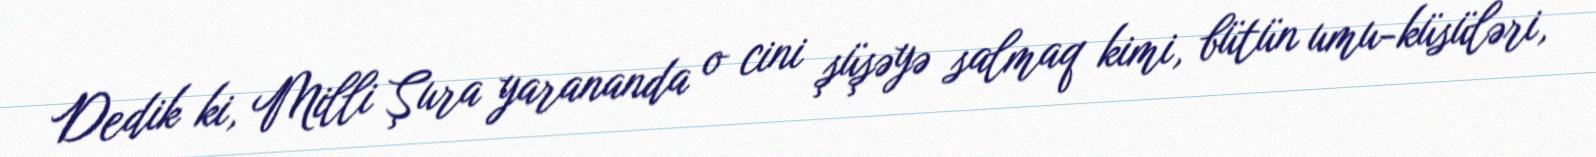
Dedik ki, Milli Şura yarananda o cini şüşəyə salmaq kimi, bütün umu-küsüləri,